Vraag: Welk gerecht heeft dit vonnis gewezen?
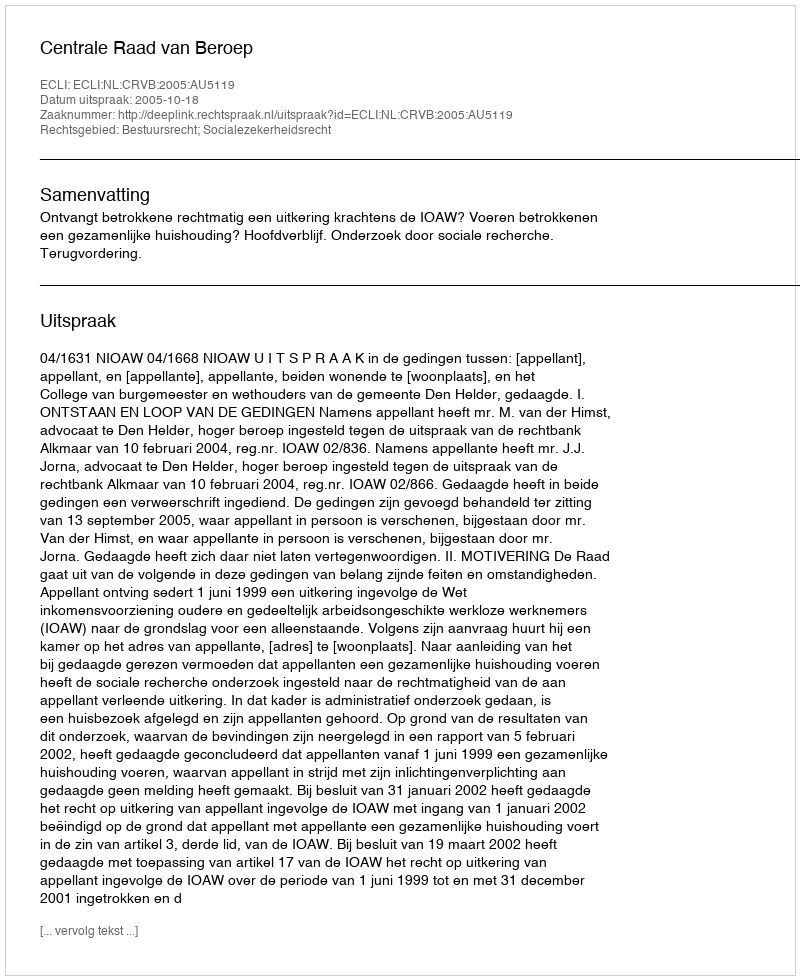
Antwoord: Centrale Raad van Beroep